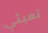
تعبثي